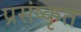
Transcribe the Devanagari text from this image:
प्रसंष्कृत